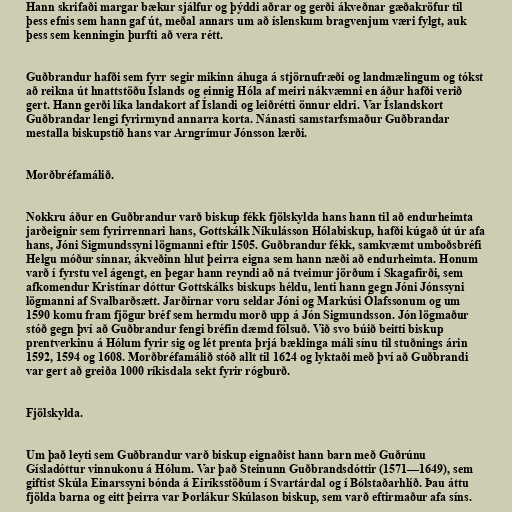
Hann skrifaði margar bækur sjálfur og þýddi aðrar og gerði ákveðnar gæðakröfur til
þess efnis sem hann gaf út, meðal annars um að íslenskum bragvenjum væri fylgt, auk
þess sem kenningin þurfti að vera rétt.

Guðbrandur hafði sem fyrr segir mikinn áhuga á stjörnufræði og landmælingum og tókst
að reikna út hnattstöðu Íslands og einnig Hóla af meiri nákvæmni en áður hafði verið
gert. Hann gerði líka landakort af Íslandi og leiðrétti önnur eldri. Var Íslandskort
Guðbrandar lengi fyrirmynd annarra korta. Nánasti samstarfsmaður Guðbrandar
mestalla biskupstíð hans var Arngrímur Jónsson lærði.

Morðbréfamálið.

Nokkru áður en Guðbrandur varð biskup fékk fjölskylda hans hann til að endurheimta
jarðeignir sem fyrirrennari hans, Gottskálk Nikulásson Hólabiskup, hafði kúgað út úr afa
hans, Jóni Sigmundssyni lögmanni eftir 1505. Guðbrandur fékk, samkvæmt umboðsbréfi
Helgu móður sinnar, ákveðinn hlut þeirra eigna sem hann næði að endurheimta. Honum
varð í fyrstu vel ágengt, en þegar hann reyndi að ná tveimur jörðum í Skagafirði, sem
afkomendur Kristínar dóttur Gottskálks biskups héldu, lenti hann gegn Jóni Jónssyni
lögmanni af Svalbarðsætt. Jarðirnar voru seldar Jóni og Markúsi Ólafssonum og um
1590 komu fram fjögur bréf sem hermdu morð upp á Jón Sigmundsson. Jón lögmaður
stóð gegn því að Guðbrandur fengi bréfin dæmd fölsuð. Við svo búið beitti biskup
prentverkinu á Hólum fyrir sig og lét prenta þrjá bæklinga máli sínu til stuðnings árin
1592, 1594 og 1608. Morðbréfamálið stóð allt til 1624 og lyktaði með því að Guðbrandi
var gert að greiða 1000 ríkisdala sekt fyrir rógburð.

Fjölskylda.

Um það leyti sem Guðbrandur varð biskup eignaðist hann barn með Guðrúnu
Gísladóttur vinnukonu á Hólum. Var það Steinunn Guðbrandsdóttir (1571—1649), sem
giftist Skúla Einarssyni bónda á Eiríksstöðum í Svartárdal og í Bólstaðarhlíð. Þau áttu
fjölda barna og eitt þeirra var Þorlákur Skúlason biskup, sem varð eftirmaður afa síns.